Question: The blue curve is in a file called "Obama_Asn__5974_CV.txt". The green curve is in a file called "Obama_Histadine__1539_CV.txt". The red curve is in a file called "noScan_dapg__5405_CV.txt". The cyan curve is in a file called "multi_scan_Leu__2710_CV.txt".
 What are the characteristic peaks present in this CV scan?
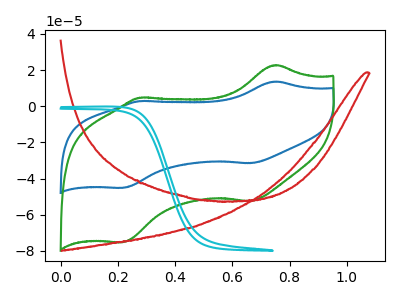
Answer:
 <answer>The blue curve "Asn" has anodic peaks at (0.75V, 13.70uA) (0.30V, 2.85uA) and cathodic peaks at (0.65V, -31.45uA) (0.20V, -45.10uA). The green curve "Histadine" has anodic peaks at (0.75V, 22.80uA) (0.30V, 4.80uA) and cathodic peaks at (0.65V, -52.45uA) (0.20V, -75.20uA). The red curve "dapg" has no peaks. The cyan curve "Leu" has no peaks.</answer>
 <eval></eval>